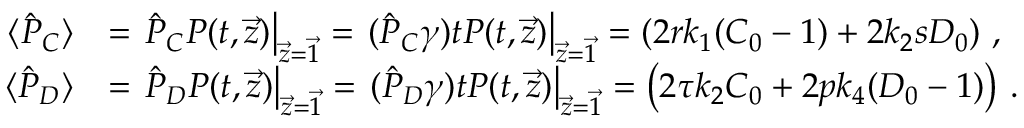
\begin{array} { r l } { \langle \hat { P } _ { C } \rangle } & { = \left. \hat { P } _ { C } P ( t , \vec { z } ) \right| _ { \vec { z } = \vec { 1 } } = \left. ( \hat { P } _ { C } \gamma ) t P ( t , \vec { z } ) \right| _ { \vec { z } = \vec { 1 } } = \left( 2 r k _ { 1 } ( C _ { 0 } - 1 ) + 2 k _ { 2 } s D _ { 0 } \right) \, , } \\ { \langle \hat { P } _ { D } \rangle } & { = \left. \hat { P } _ { D } P ( t , \vec { z } ) \right| _ { \vec { z } = \vec { 1 } } = \left. ( \hat { P } _ { D } \gamma ) t P ( t , \vec { z } ) \right| _ { \vec { z } = \vec { 1 } } = \left( 2 \tau k _ { 2 } C _ { 0 } + 2 p k _ { 4 } ( D _ { 0 } - 1 ) \right) \, . } \end{array}